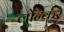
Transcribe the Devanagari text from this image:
लोन्कर